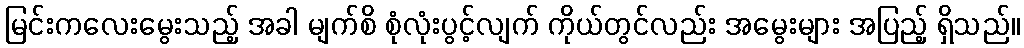
မြင်းကလေးမွေးသည့် အခါ မျက်စိ စုံလုံးပွင့်လျက် ကိုယ်တွင်လည်း အမွေးများ အပြည့် ရှိသည်။